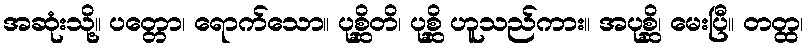
အဆုံးသို့။ ပတ္တော၊ ရောက်သော။ ပုစ္ဆိတိ၊ ပုစ္ဆိ ဟူသည်ကား။ အပုစ္ဆိ၊ မေးပြီ။ တတ္ထ၊